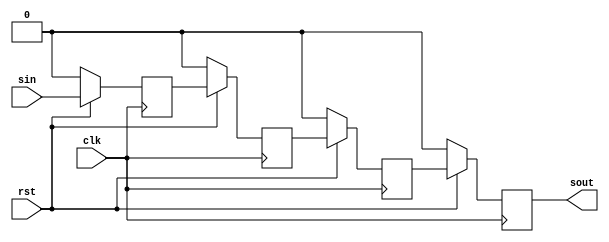
module siso(
    input clk,rst,sin,
	 output sout
	 );
    reg q0,q1,q2,q3;

    assign sout = q3;

    always@(posedge clk )begin
        if(!rst)begin 
          q0<=0;q1<=0;q2<=0;q3<=0;
		  end
        else begin
            q0 <= sin;
            q1 <= q0;
            q2 <= q1;
            q3 <= q2;
            
            
        end
    end
endmodule